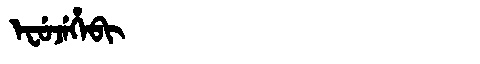
Manchu: ᡝᠸᡠᠵᡝᡥᡝᠪᡳ
Romanization: EFUJEHEBI